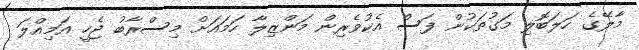
މާލޭގެ ހަލަބޮލި މަގުތަކުން ފަސް އެކުވެރިން މަންޒިލާ ހަމައަށް މިސްރާބު ޖެހީ އަމިއްލަ